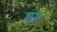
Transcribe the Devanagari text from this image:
शुरू